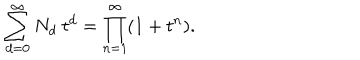
LaTeX: \sum _ { d = 0 } ^ { \infty } N _ { d } ~ t ^ { d } = \prod _ { n = 1 } ^ { \infty } ( 1 + t ^ { n } ) .